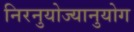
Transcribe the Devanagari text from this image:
निरनुयोज्यानुयोग